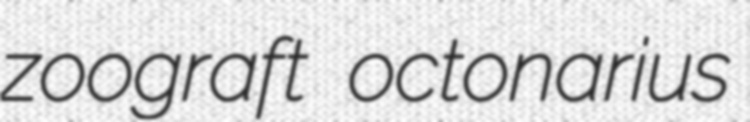
zoograft octonarius